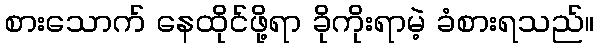
စားသောက် နေထိုင်ဖို့ရာ ခိုကိုးရာမဲ့ ခံစားရသည်။